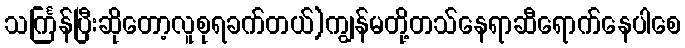
သင်္ကြန်ပြီးဆိုတော့လူစုရခက်တယ်)ကျွန်မတို့တသ်နေရာဆီရောက်နေပါစေ